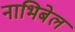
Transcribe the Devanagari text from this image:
नाभिबेल